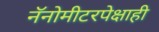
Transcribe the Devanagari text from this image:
नॅनोमीटरपेक्षाही